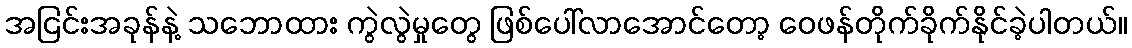
အငြင်းအခုန်နဲ့ သဘောထား ကွဲလွဲမှုတွေ ဖြစ်ပေါ်လာအောင်တော့ ဝေဖန်တိုက်ခိုက်နိုင်ခဲ့ပါတယ်။